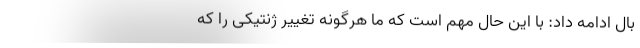
بال ادامه داد: با این حال مهم است که ما هرگونه تغییر ژنتیکی را که